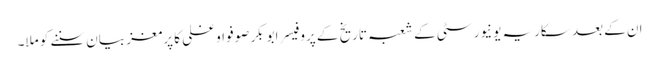
ان کے بعد سکاریہ یونیورسٹی کے شعبہ تاریخ کے پروفیسر ابوبکر صوفو اوغلی کا پرمغز بیان سننے کو ملا۔